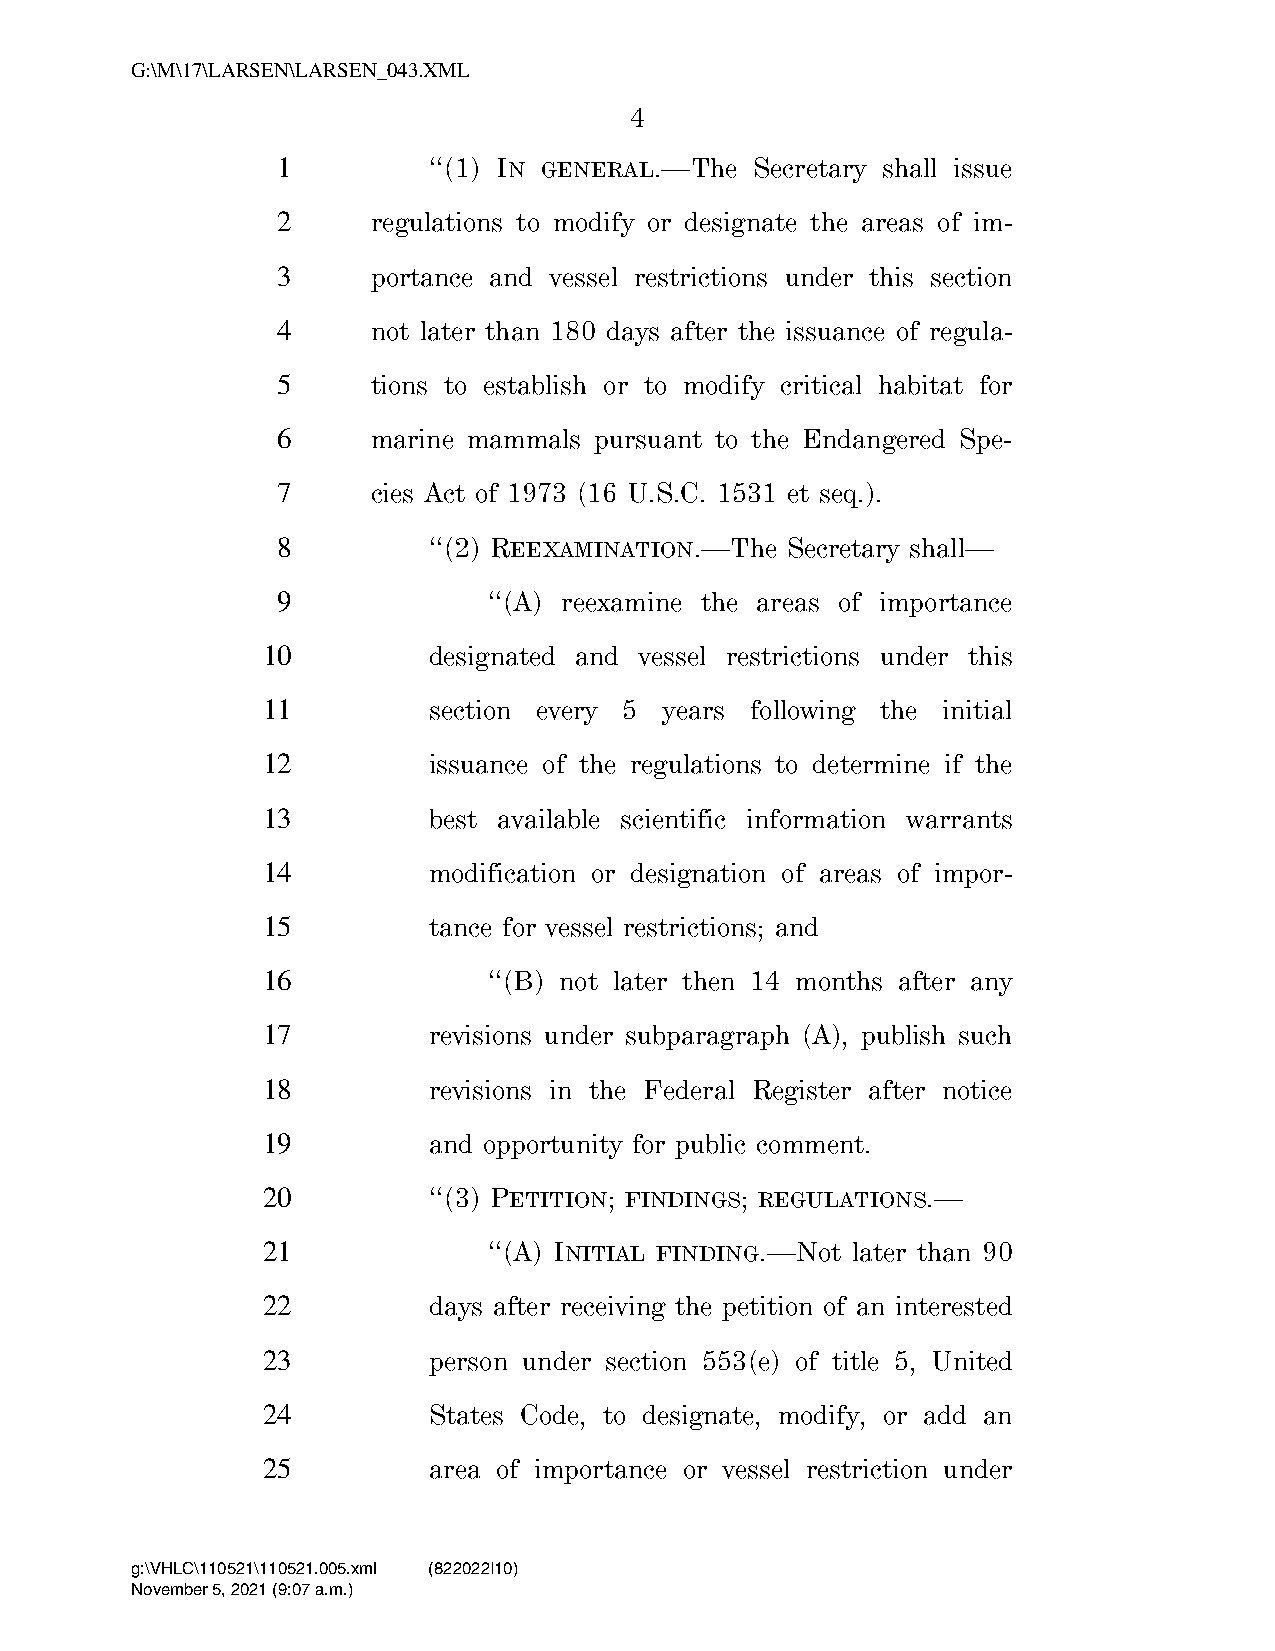
G:\M\17\LARSEN\LARSEN_043.XML
 4
 1         ‘‘(1) IN GENERAL.—The Secretary shall issue
 2      regulations to modify or designate the areas of im-
 3      portance and vessel restrictions under this section
 4      not later than 180 days after the issuance of regula-
 5      tions to establish or to modify critical habitat for
 6      marine mammals pursuant to the Endangered Spe-
 7      cies Act of 1973 (16 U.S.C. 1531 et seq.).
 8         ‘‘(2) REEXAMINATION.—The Secretary shall—
 9             ‘‘(A) reexamine the areas of importance
 10         designated and vessel restrictions under this
 11         section every 5 years following the initial
 12         issuance of the regulations to determine if the
 13         best available scientific information warrants
 14         modification or designation of areas of impor-
 15         tance for vessel restrictions; and
 16             ‘‘(B) not later then 14 months after any
 17         revisions under subparagraph (A), publish such
 18         revisions in the Federal Register after notice
 19         and opportunity for public comment.
 20         ‘‘(3) PETITION; FINDINGS; REGULATIONS.—
 21             ‘‘(A) INITIAL FINDING.—Not later than 90
 22         days after receiving the petition of an interested
 23         person under section 553(e) of title 5, United
 24         States Code, to designate, modify, or add an
 25         area of importance or vessel restriction under
 g:\VHLC\110521\110521.005.xml (822022|10)
 November 5, 2021 (9:07 a.m.)
 VerDate Nov 24 2008 09:07 Nov 05, 2021 Jkt 000000 PO 00000 Frm 00004 Fmt 6652 Sfmt 6201 C:\USERS\BEWILSON\APPDATA\ROAMING\SOFTQUAD\XMETAL\11.0\GEN\C\LARSEN_0